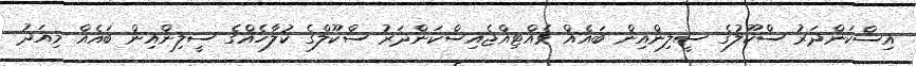
އިސްކަންދަރު ސްކޫލުގެ ސީލިންއިން ބައެއް ވެއްޓިއްޖެއިސްކަންދަރު ސްކޫލްގެ ކުލާހެއްގެ ސީލިންއިން ބައެއް މިއަދު